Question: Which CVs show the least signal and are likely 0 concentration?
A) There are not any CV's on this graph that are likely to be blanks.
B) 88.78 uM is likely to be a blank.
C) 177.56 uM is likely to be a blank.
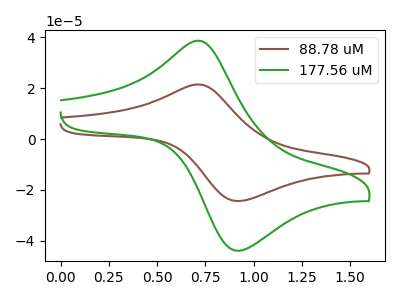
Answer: <think>The brown curve "88.78 uM" has an anodic peak at (0.70V, 21.45uA) and a cathodic peak at (0.95V, -24.35uA). The green curve "177.56 uM" has an anodic peak at (0.70V, 38.65uA) and a cathodic peak at (0.95V, -43.85uA).</think>
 <answer>A) There are not any CV's on this graph that are likely to be blanks.</answer>
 <eval>A</eval>